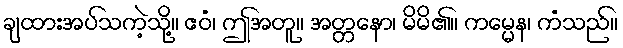
ချထားအပ်သကဲ့သို့။ ဧဝံ၊ ဤအတူ။ အတ္တနော၊ မိမိ၏။ ကမ္မေန၊ ကံသည်။